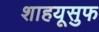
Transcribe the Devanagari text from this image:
शाहयूसुफ